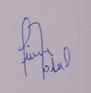
Signature authenticity: forged